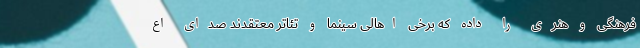
فرهنگی و هنری را داده که برخی اهالی سینما و تئاتر معتقدند صدای اع